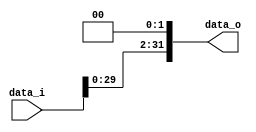
//Subject:      CO project 2 - Shift_Left_Two_32
//--------------------------------------------------------------------------------
//Version:     1
//--------------------------------------------------------------------------------
//Description: shift data left two bits(for 32 to 32 bits)
//--------------------------------------------------------------------------------

module Shift_Left_Two_32(
    data_i,
    data_o
    );

//I/O ports                    
input [32-1:0] data_i;

output [32-1:0] data_o;

reg [31:0] i,data_o;

//shift left 2

always @( * )
	begin
	
	data_o[0] = 1'b0;
	data_o[1] = 1'b0;

	for(i=2; i<=31; i=i+1)
		begin
		data_o[i] = data_i[i-2];
		end
		
	end

endmodule